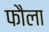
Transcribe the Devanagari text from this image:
फौला